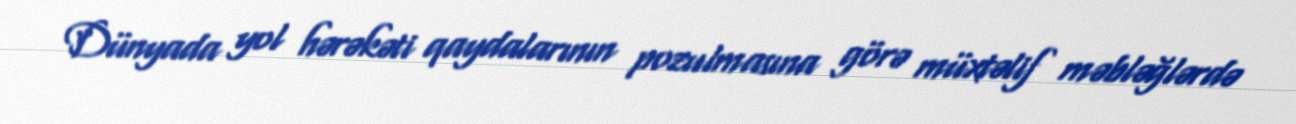
Dünyada yol hərəkəti qaydalarının pozulmasına görə müxtəlif məbləğlərdə